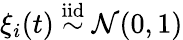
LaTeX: \xi_{i}(t)\overset{\mathrm{iid}}{\sim}\mathcal{N}(0,1)